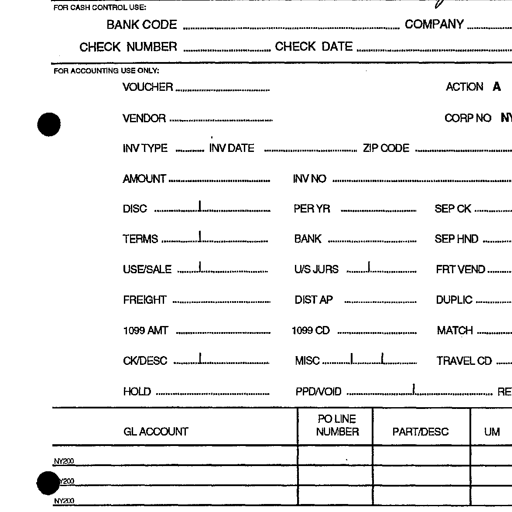
FOR CASH CONTROL USE:
BANK CODE COMPANY
CHECK NUMBER CHECK DATE
FOR ACCOUNTING USE ONLY:
VOUCHER ACTION A
VENDOR CORP NO
INV TYPE INV DATE ZIP CODE
AMOUNT INV NO
DISC PER YR SEP CK
TERMS BANK SEP HND
USE/SALE U/S JURS FRT VEND
FREIGHT DIST AP DUPLIC
1099 AMT 1099 CD MATCH
CK/DESC MISC TRAVEL CD
HOLD PPD/VOID
GL ACCOUNT PO LINE NUMBER PART/DESC UM
NY200
NY200
NY200